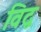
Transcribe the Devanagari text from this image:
विद्व